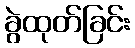
ခွဲထုတ်ခြင်း